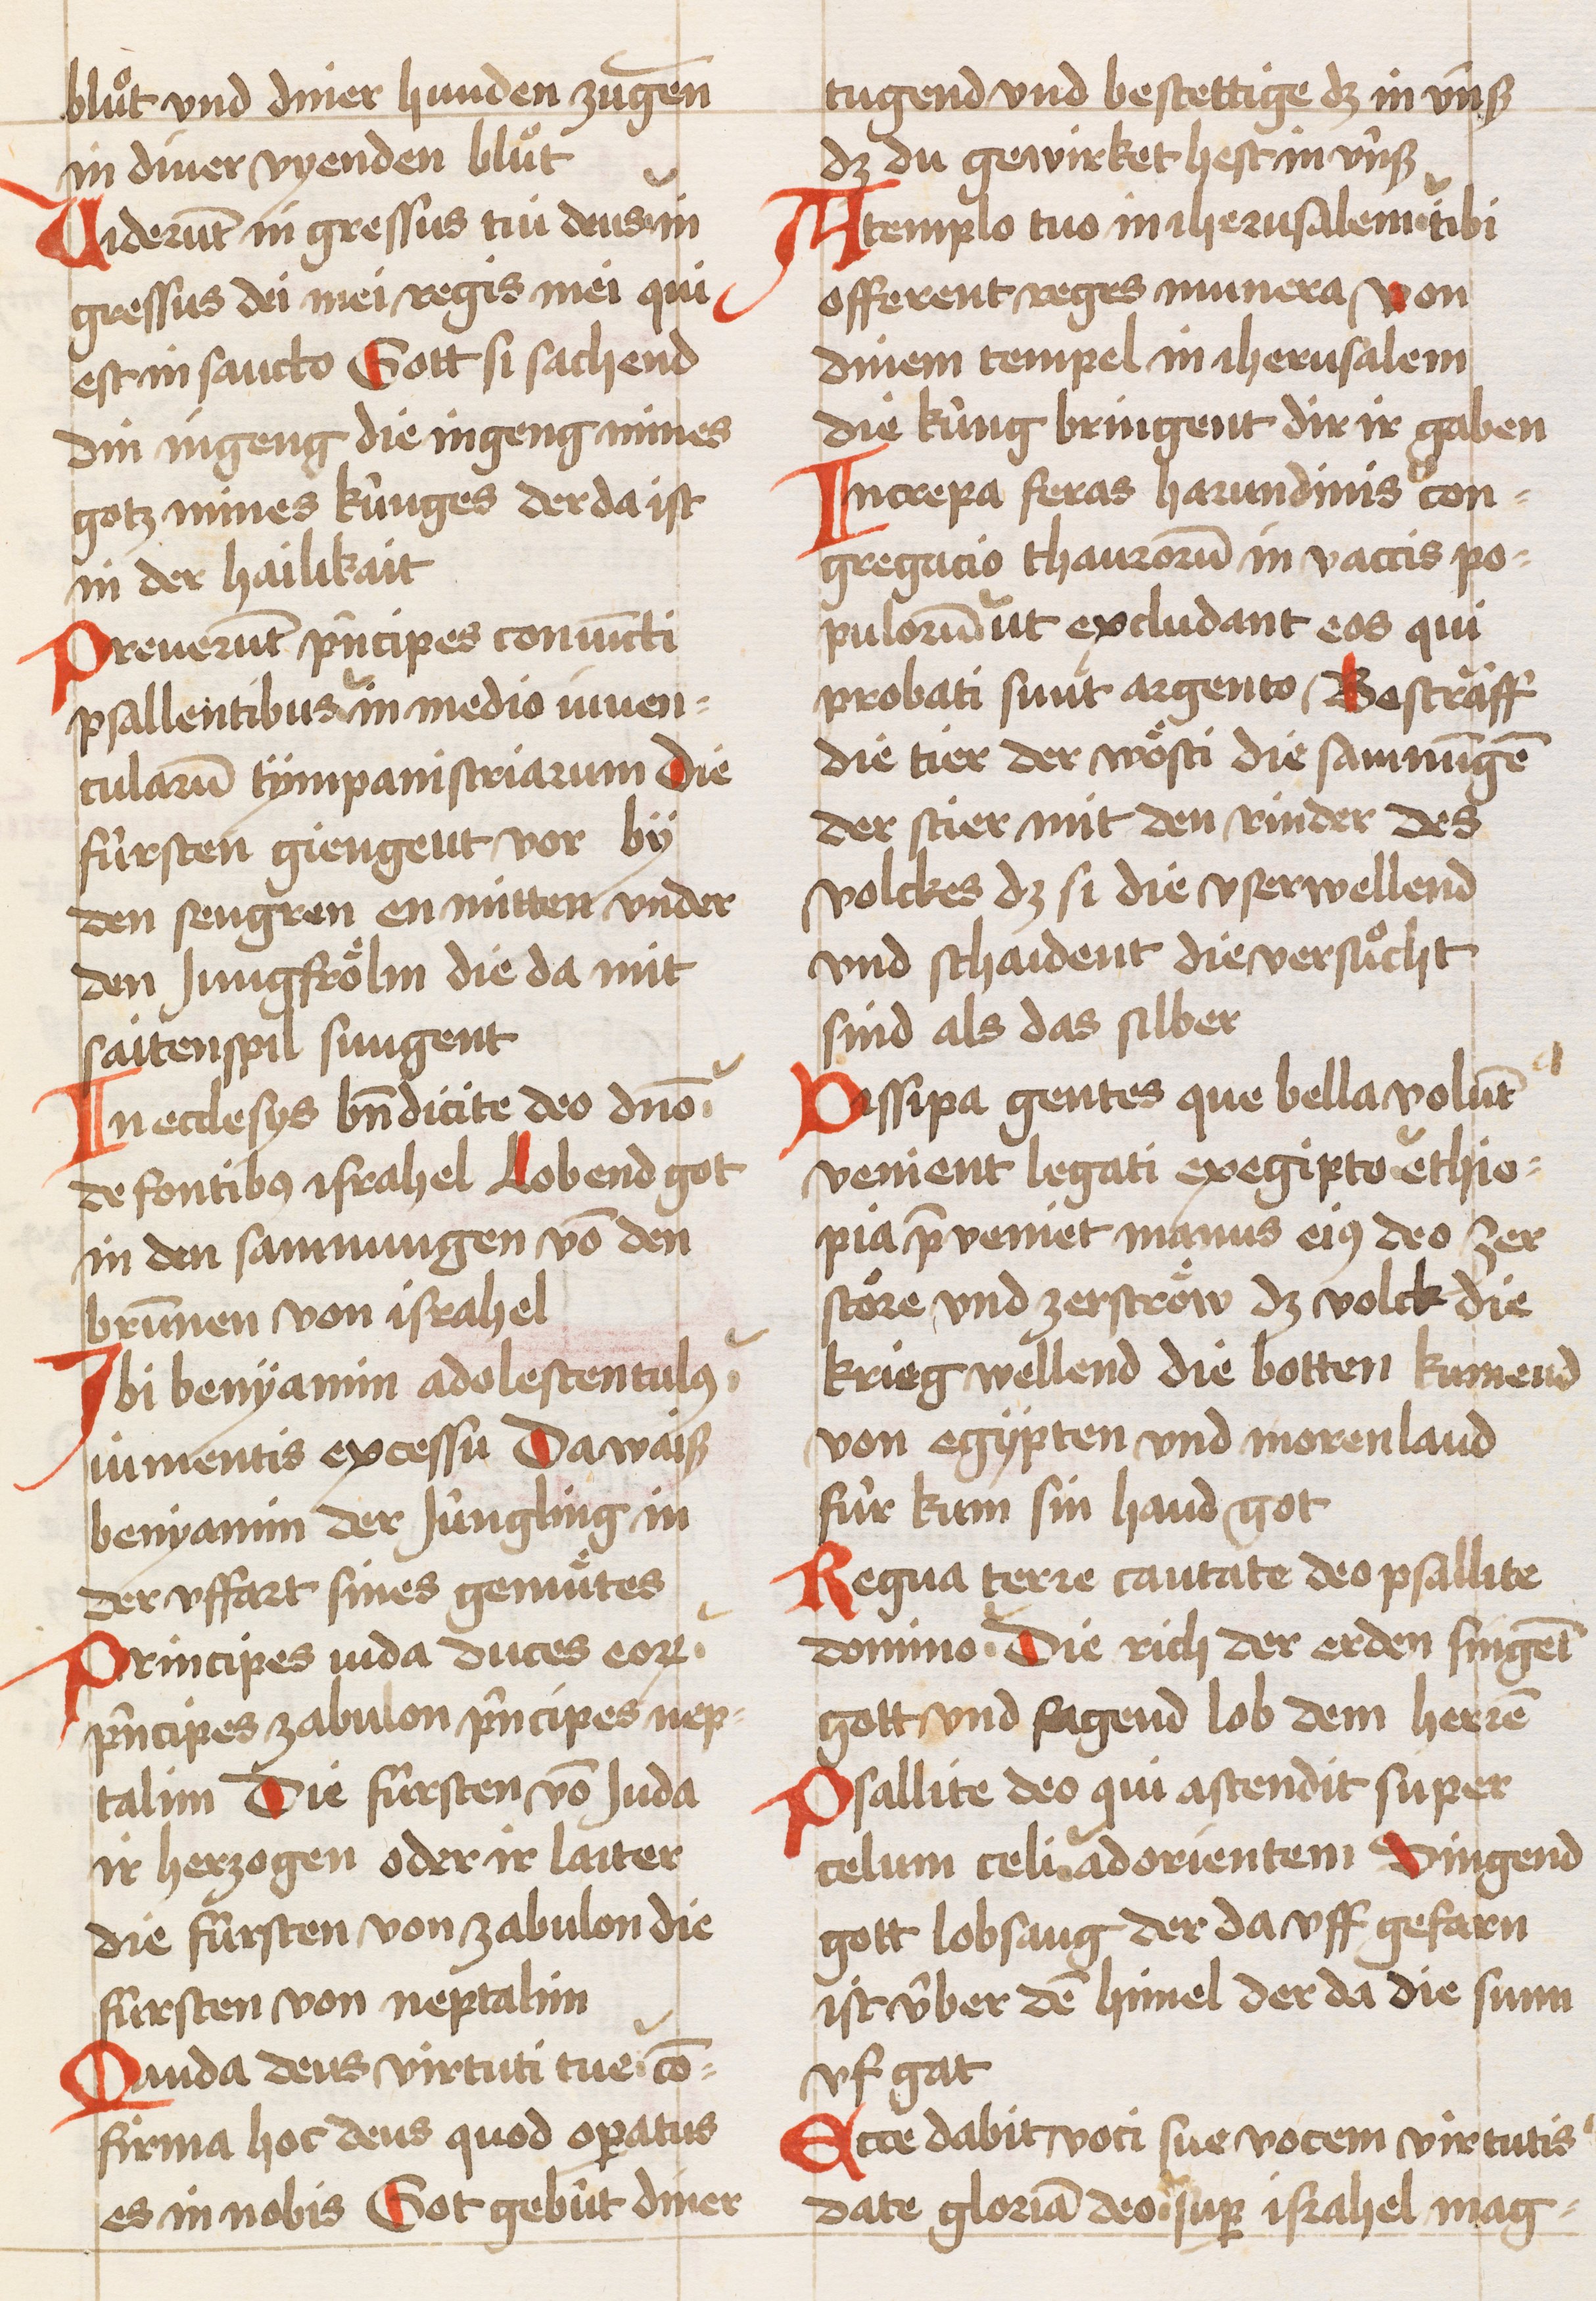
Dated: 1450–1499